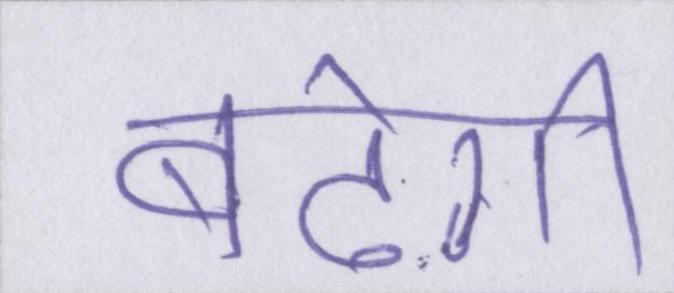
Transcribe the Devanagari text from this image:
बढ़ेगी